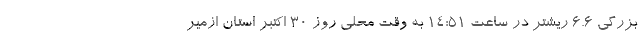
بزرگی ۶.۶ ریشتر در ساعت ۱۴:۵۱ به وقت محلی روز ۳۰ اکتبر استان ازمیر